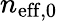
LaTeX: n_{\mathrm{eff,0}}